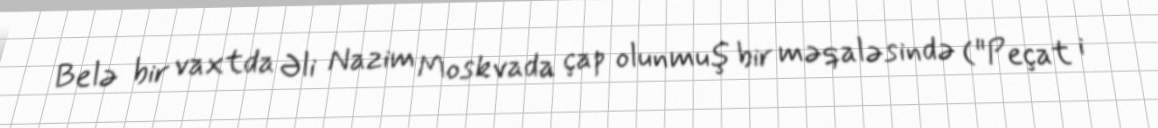
Belə bir vaxtda Əli Nazim Moskvada çap olunmuş bir məqaləsində ("Peçat i